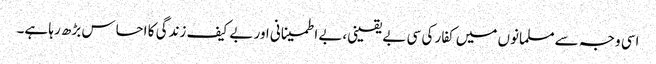
اسی وجہ سے مسلمانوں میں کفار کی سی بے یقینی،بے اطمینانی اور بے کیف زندگی کا احساس بڑھ رہا ہے۔